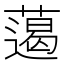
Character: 𱾨